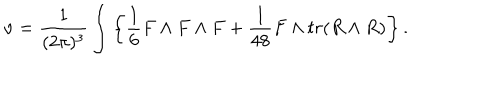
LaTeX: \nu = { \frac { 1 } { ( 2 \pi ) ^ { 3 } } } \int \left\{ { \frac { 1 } { 6 } } F \wedge F \wedge F + { \frac { 1 } { 4 8 } } F \wedge t r ( R \wedge R ) \right\} .